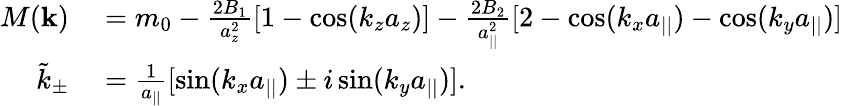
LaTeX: \begin{array}{rl}{M({\mathbf k})}&{{}=m_{0}-\frac{2B_{1}}{a_{z}^{2}}[1-\cos(k_{z}a_{z})]-\frac{2B_{2}}{a_{||}^{2}}[2-\cos(k_{x}a_{||})-\cos(k_{y}a_{||})]}\\ {\tilde{k}_{\pm}}&{{}=\frac{1}{a_{||}}[\sin(k_{x}a_{||})\pm i\sin(k_{y}a_{||})].}\end{array}